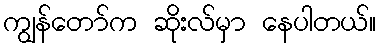
ကျွန်တော်က ဆိုးလ်မှာ နေပါတယ်။